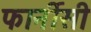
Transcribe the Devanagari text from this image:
फार्नीसी